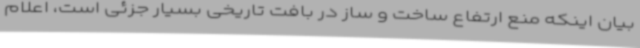
بیان اینکه منع ارتفاع ساخت و ساز در بافت تاریخی بسیار جزئی است، اعلام